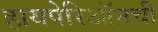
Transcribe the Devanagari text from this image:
हायपेरिऑनची